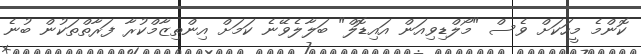
ކޮންމެ މީހަކަށް ވެސް "މޯލްޑިވިއަން އައިޑޮލް" ބަލާލެވޭނެ ކަމަށް އިންތިޒާމްކުރާ ފަރާތްތަކުން ބުނެ